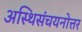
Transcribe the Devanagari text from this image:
अस्थिसंचयनोत्तर